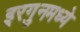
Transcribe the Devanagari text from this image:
इरगुनमध्ये